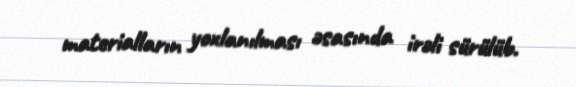
materialların yoxlanılması əsasında irəli sürülüb.